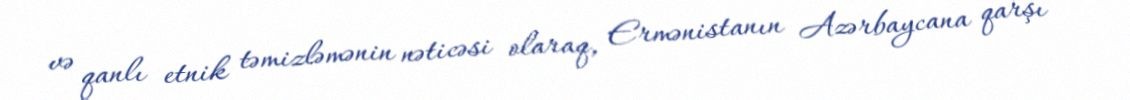
və qanlı etnik təmizləmənin nəticəsi olaraq, Ermənistanın Azərbaycana qarşı